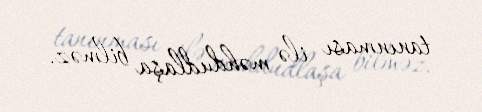
tanınması ilə məhdudlaşa bilməz.